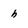
Character: h